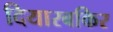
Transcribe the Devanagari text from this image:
दियारबकिर